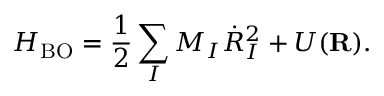
{ \displaystyle { \cal H } _ { \mathrm { B O } } = \frac { 1 } { 2 } \sum _ { I } M _ { I } { \dot { R } } _ { I } ^ { 2 } + U ( { \bf R } ) } .